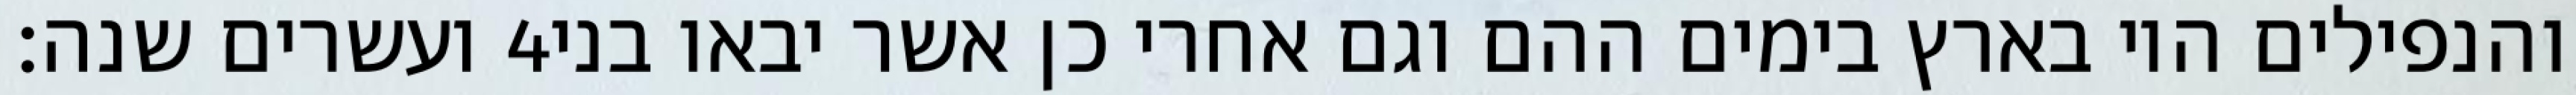
ועשרים שנה׃ ‎4‏ והנפילים היו בארץ בימים ההם וגם אחרי כן אשר יבאו בני